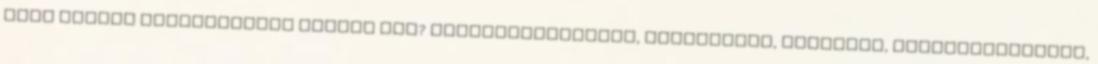
hogy milyen tantárgyakat vettem fel? Átváltoztatástan, Bájitaltan, Bűbájtan, Mágiatörténelem,